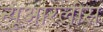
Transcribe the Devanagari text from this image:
न्यूआरलींस